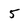
Character: 5